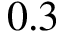
0 . 3